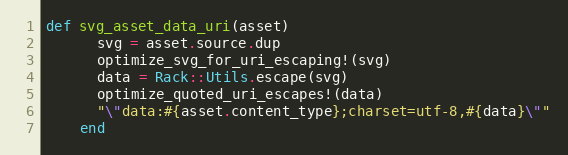
Language: Ruby
def svg_asset_data_uri(asset)
      svg = asset.source.dup
      optimize_svg_for_uri_escaping!(svg)
      data = Rack::Utils.escape(svg)
      optimize_quoted_uri_escapes!(data)
      "\"data:#{asset.content_type};charset=utf-8,#{data}\""
    end